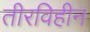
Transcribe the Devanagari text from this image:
तीरविहीन